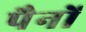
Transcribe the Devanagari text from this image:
पैनों